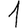
Digit: 1